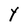
Character: Y